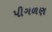
પીગળણ